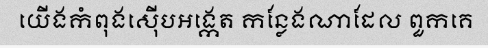
យើងកំពុងស៊ើបអង្កេត កន្លែងណាដែល ពួកគេ